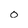
Character: 0